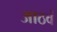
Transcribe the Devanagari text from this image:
आठवं